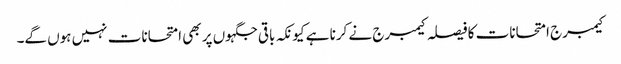
کیمبرج امتحانات کا فیصلہ کیمبرج نے کرنا ہے کیونکہ باقی جگہوں پر بھی امتحانات نہیں ہوں گے۔